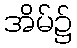
အိမ်၌